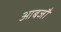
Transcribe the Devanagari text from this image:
आबजौ